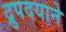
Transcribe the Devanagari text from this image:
द्रुपदयाने